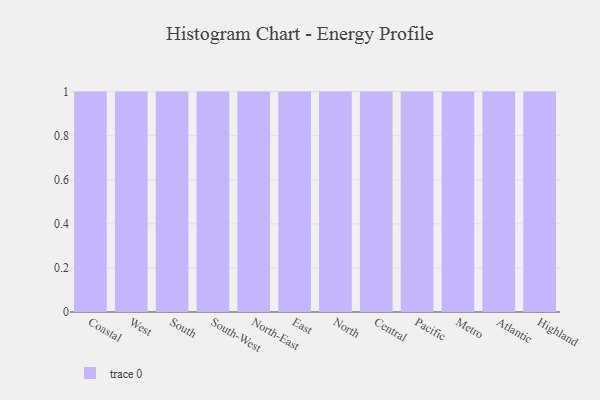
{"axis": {"x": "Region", "y": "Shipments"}, "legend": [""], "data": [{"x": "Coastal", "y": 45, "type": ""}, {"x": "West", "y": 73, "type": ""}, {"x": "South", "y": 2, "type": ""}, {"x": "South-West", "y": 81, "type": ""}, {"x": "North-East", "y": 98, "type": ""}, {"x": "East", "y": 94, "type": ""}, {"x": "North", "y": 48, "type": ""}, {"x": "Central", "y": 54, "type": ""}, {"x": "Pacific", "y": 62, "type": ""}, {"x": "Metro", "y": 29, "type": ""}, {"x": "Atlantic", "y": 26, "type": ""}, {"x": "Highland", "y": 60, "type": ""}]}